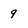
Character: 9